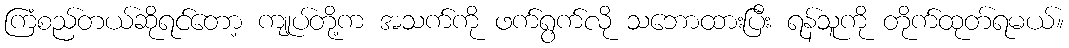
ကြံစည်တယ်ဆိုရင်တော့ ကျုပ်တို့က အသက်ကို ဖက်ရွက်လို သဘောထားပြီး ရန်သူကို တိုက်ထုတ်ရမယ်။